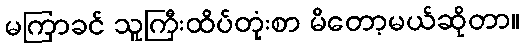
မကြာခင် သူကြီးထိပ်တုံးစာ မိတော့မယ်ဆိုတာ။